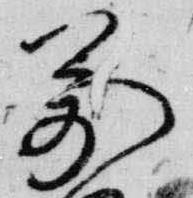
万